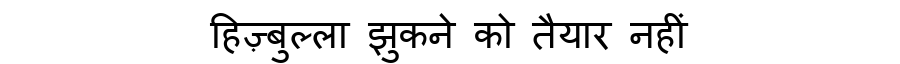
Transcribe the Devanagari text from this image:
हिज़्बुल्ला झुकने को तैयार नहीं